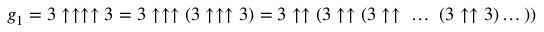
g _ { 1 } = 3 \uparrow \uparrow \uparrow \uparrow 3 = 3 \uparrow \uparrow \uparrow ( 3 \uparrow \uparrow \uparrow 3 ) = 3 \uparrow \uparrow ( 3 \uparrow \uparrow ( 3 \uparrow \uparrow \ \dots \ ( 3 \uparrow \uparrow 3 ) \dots ) )